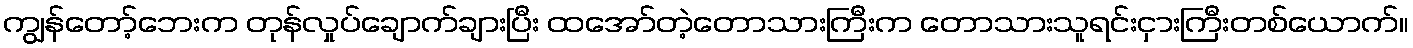
ကျွန်တော့်ဘေးက တုန်လှုပ်ချောက်ချားပြီး ထအော်တဲ့တောသားကြီးက တောသားသူရင်းငှားကြီးတစ်ယောက်။